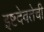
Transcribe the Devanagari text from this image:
इष्टदेवतेची